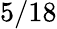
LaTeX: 5/18